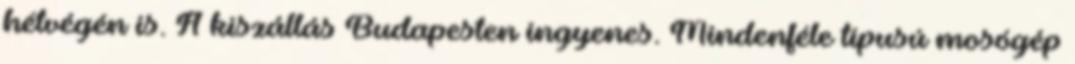
hétvégén is. A kiszállás Budapesten ingyenes. Mindenféle típusú mosógép